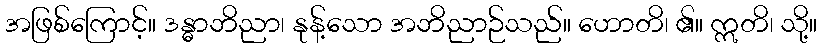
အဖြစ်ကြောင့်။ ဒန္ဓာဘိညာ၊ နုန့်သော အဘိညာဉ်သည်။ ဟောတိ၊ ၏။ ဣတိ၊ သို့။